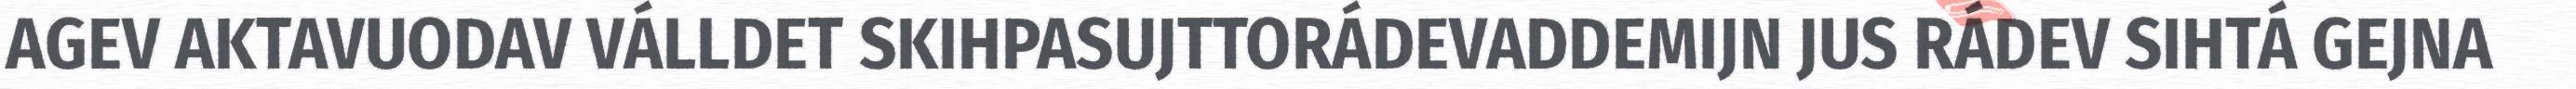
AGEV AKTAVUODAV VÁLLDET SKIHPASUJTTORÁDEVADDEMIJN JUS RÁDEV SIHTÁ GEJNA